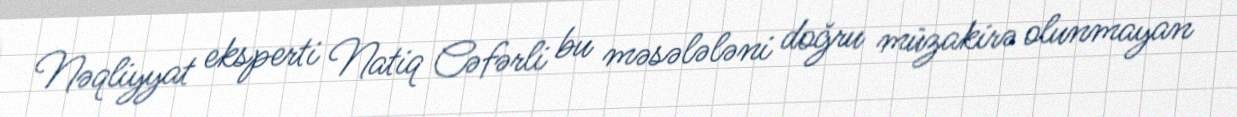
Nəqliyyat eksperti Natiq Cəfərli bu məsələləni doğru müzakirə olunmayan